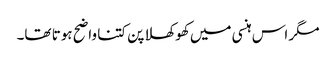
مگر اس ہنسی میں کھوکھلا پن کتنا واضح ہوتا تھا۔